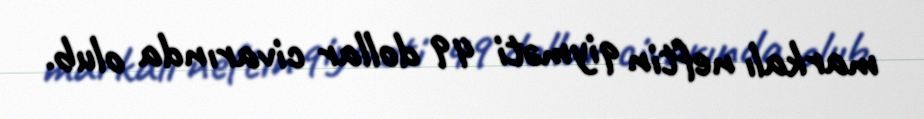
markalı neftin qiyməti 49 dollar civarında olub.